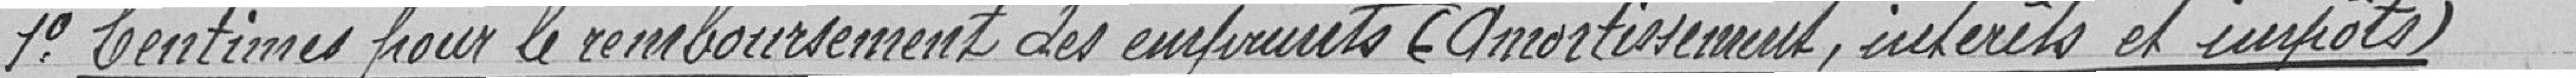
1° Centimes pour le remboursement des emprunts (amortissement, intérêts et impôts)